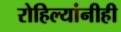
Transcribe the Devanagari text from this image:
रोहिल्यांनीही